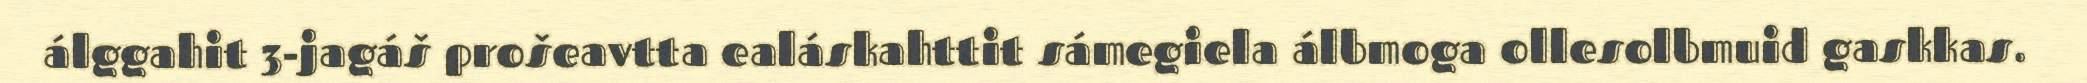
álggahit 3-jagáš prošeavtta ealáskahttit sámegiela álbmoga ollesolbmuid gaskkas.